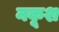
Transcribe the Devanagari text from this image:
नकूश